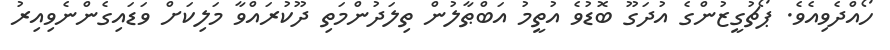
ހޯއްދެވިއެވެ. ޕޯޗުގީޒުންގެ އުދަގޫ ބޮޑުވެ އުތީމު އަބްޠާލުން ތިލަދުންމަތި ދޫކުރައްވާ މަލިކަށް ވަޑައިގެންނެވިއިރު